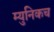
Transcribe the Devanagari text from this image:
म्युनिकच